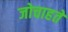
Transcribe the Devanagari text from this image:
जोचाहते